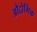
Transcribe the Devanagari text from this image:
औद्दोगिक